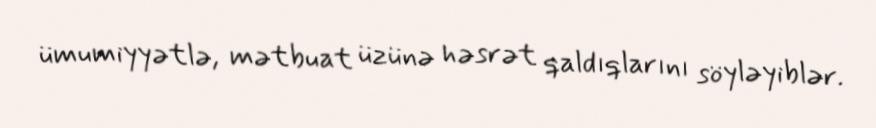
ümumiyyətlə, mətbuat üzünə həsrət qaldıqlarını söyləyiblər.